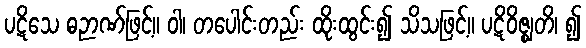
ပဋိသေ ဓဉာဏ်ဖြင့်။ ဝါ၊ တပေါင်းတည်း ထိုးထွင်း၍ သိသဖြင့်။ ပဋိဝိဇ္ဈတိ၊ ၍